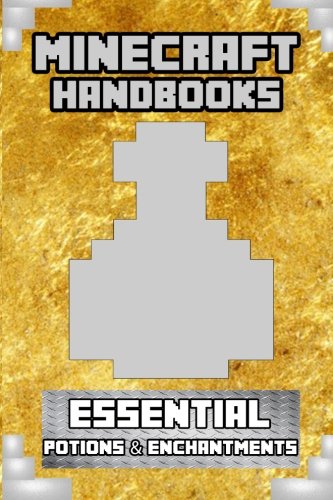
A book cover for Minecraft Handbooks: Essential Potions & Enchantments (Volume 4); Steve Does Minecraft; Children's Books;